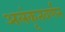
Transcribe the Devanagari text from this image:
अलंकृतवर्णन